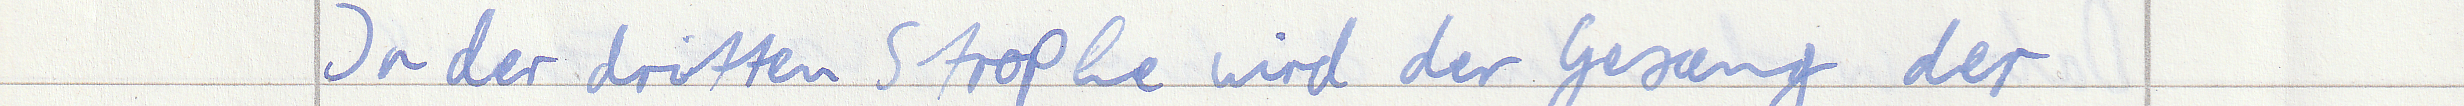
In der dritten Strophe wird der Gesang der